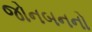
જોનબનનો